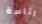
رئاسة